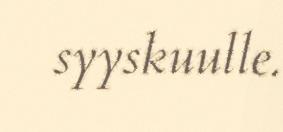
syyskuulle.